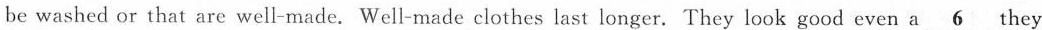
be washed or that are well-made. Well-made clothes last longer. They look good even a\underline{6} they